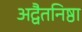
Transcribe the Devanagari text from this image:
अद्वैतनिष्ठा